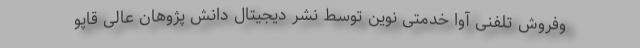
وفروش تلفنی آوا خدمتی نوین توسط نشر دیجیتال دانش پژوهان عالی قاپو